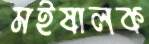
মইষালক